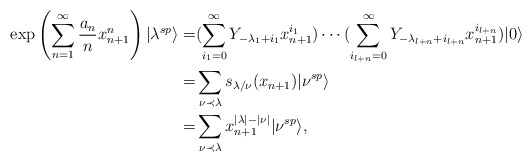
\begin{align*}\exp\left(\sum^\infty_{n=1}\frac{a_n}{n}x^n_{n+1}\right)|\lambda^{sp}\rangle=&(\sum^\infty_{i_1=0}Y_{-\lambda_1+i_1}x^{i_1}_{n+1})\cdots (\sum^\infty_{i_{l+n}=0}Y_{-\lambda_{l+n}+i_{l+n}}x^{i_{l+n}}_{n+1})|0\rangle\\=&\sum_{\nu\prec \lambda}s_{\lambda/\nu}(x_{n+1})|\nu^{sp}\rangle\\=&\sum_{\nu\prec \lambda}x^{|\lambda|-|\nu|}_{n+1}|\nu^{sp}\rangle,\end{align*}